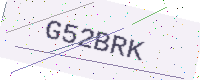
Text: G52BRK